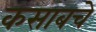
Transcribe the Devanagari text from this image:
कसाबचे